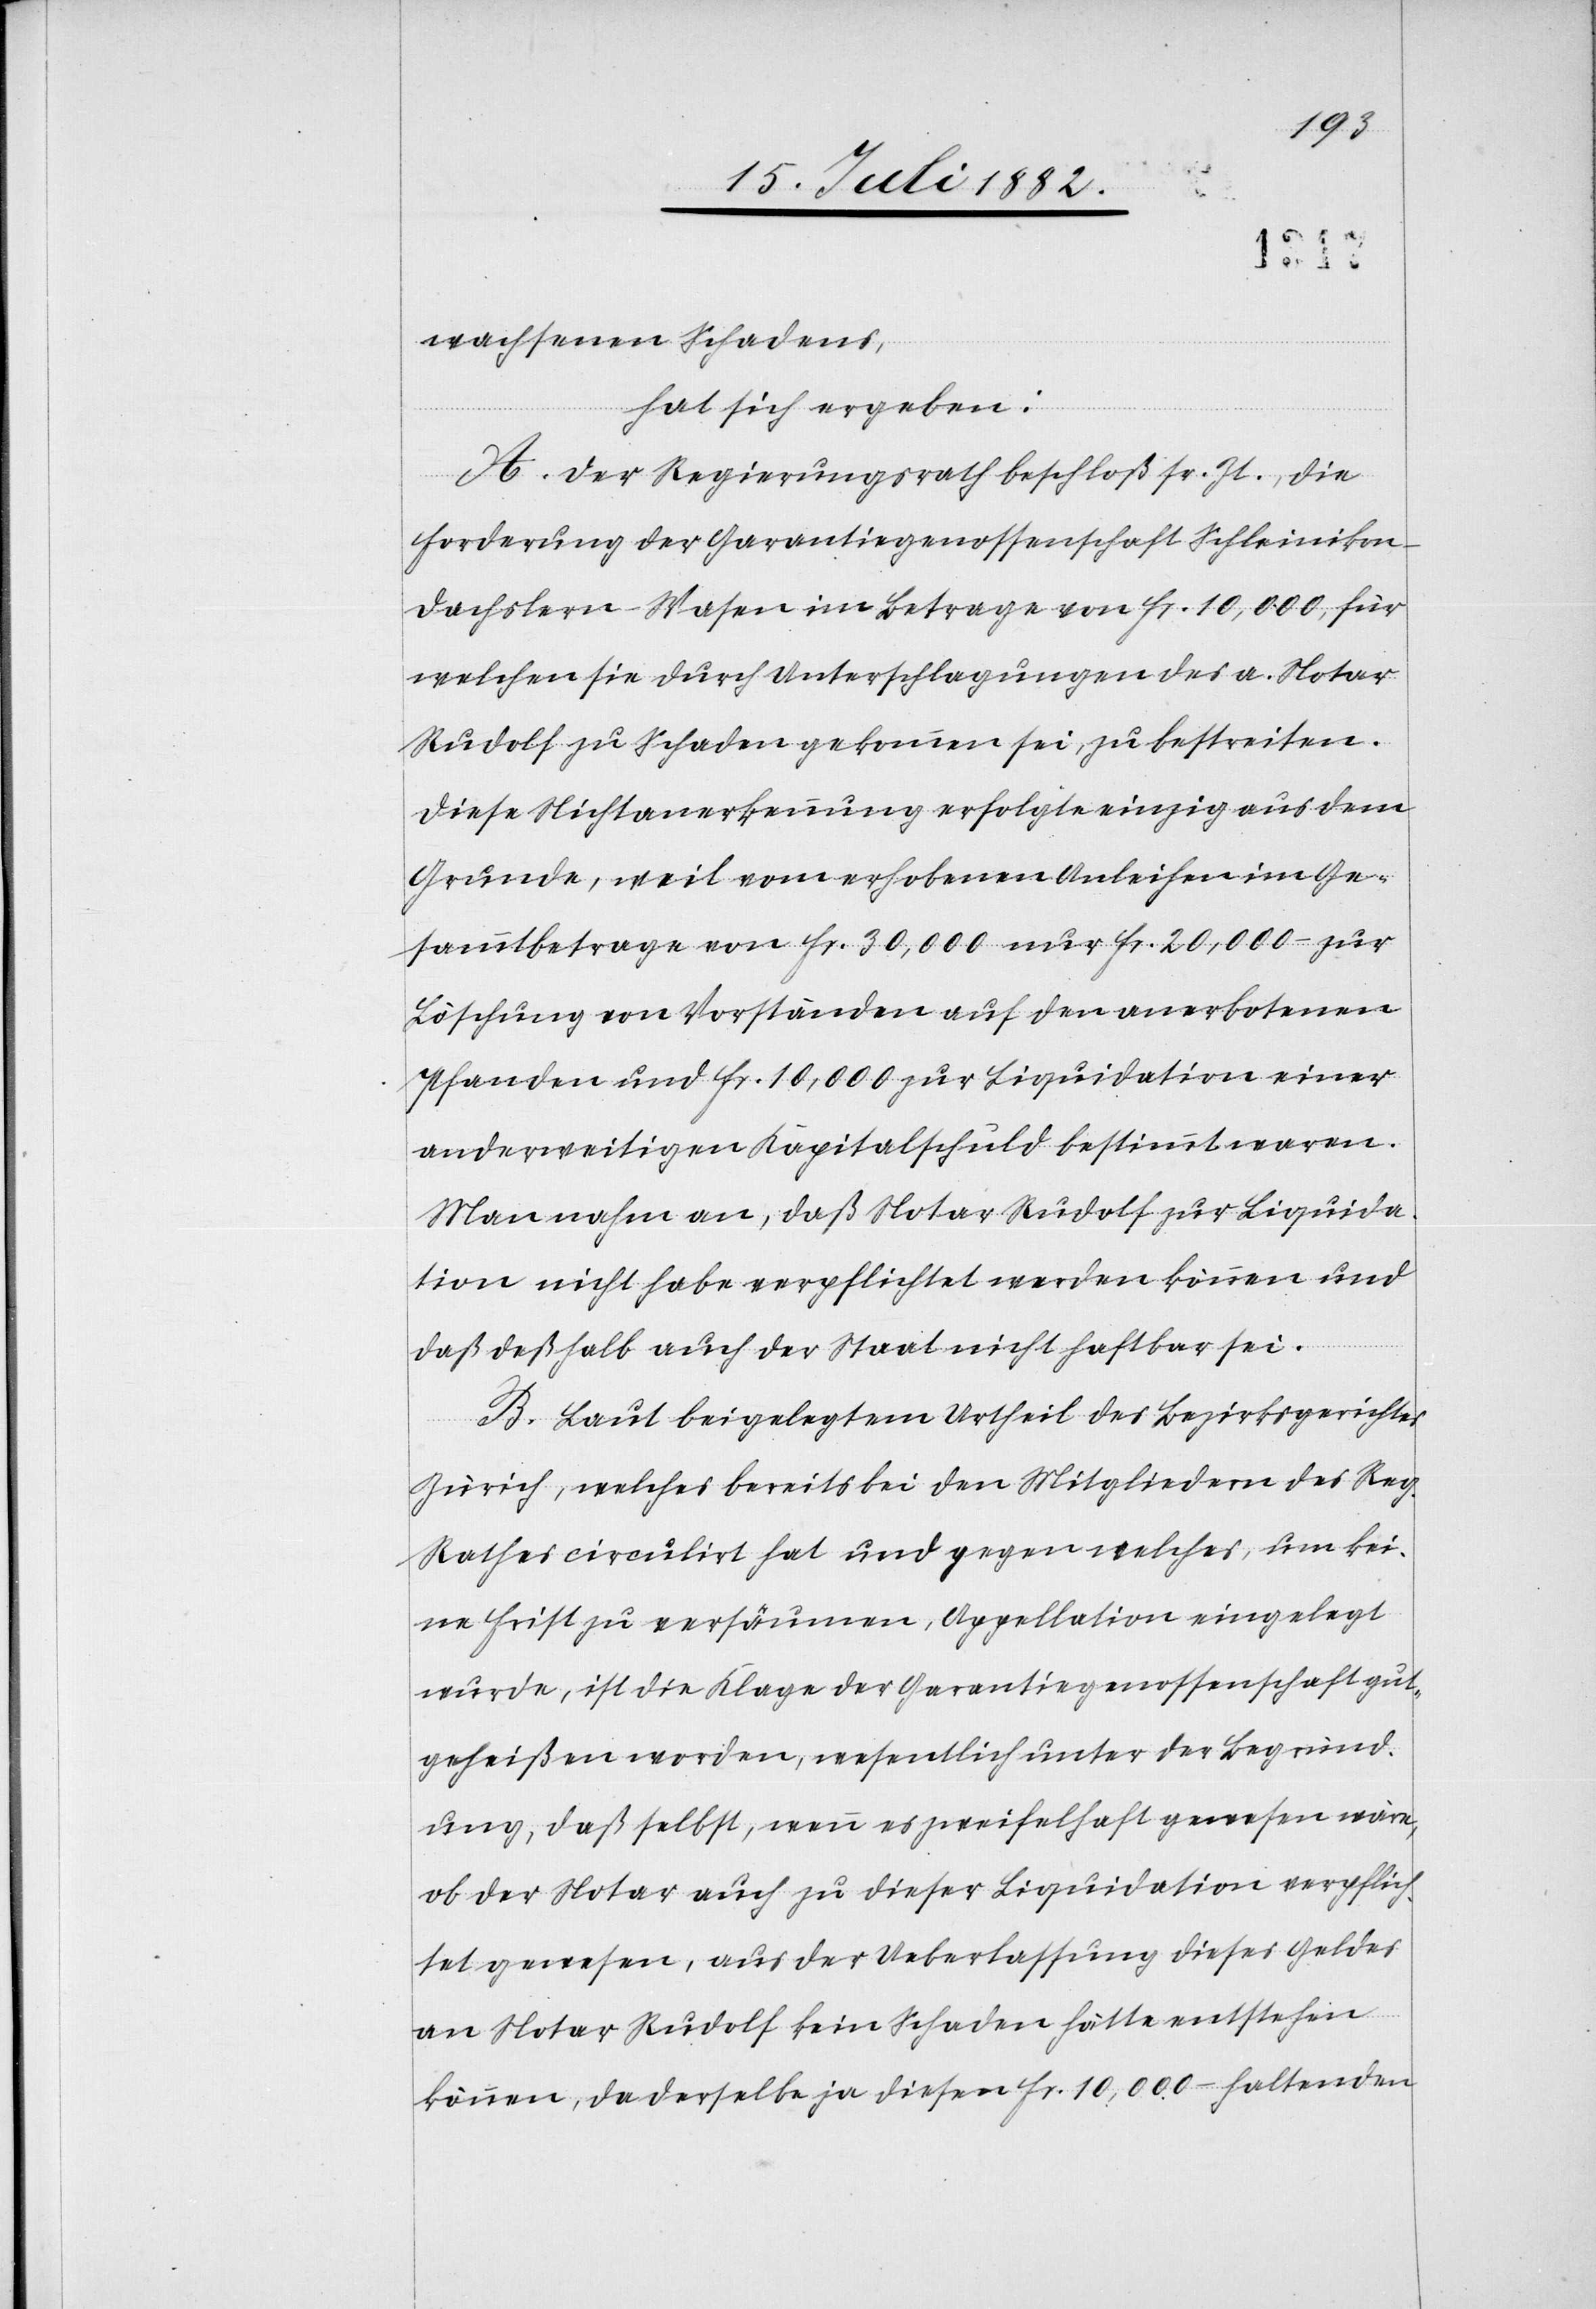
wachsenen Schadens,
hat sich ergeben:
A. Der Regierungsrath beschloß sr. Zt., die
Forderung der Garantiegenossenschaft Schleinikon-D¬
achslern-Wasen im Betrage von Fr. 10,000, für
welchen sie durch Unterschlagungen des a. Notar
Rudolf zu Schaden gekommen sei, zu bestreiten.
Diese Nichtanerkennung erfolgte einzig aus dem
Grunde, weil vom erhobenen Anleihen im Ge¬
sammtbetrage von Fr. 30,000 nur Fr. 20,000 – zur
Löschung von Vorständen auf den anerbotenen
Pfanden und Fr. 10,000 zur Liquidation einer
anderweitigen Kapitalschuld bestimmt waren.
Man nahm an, daß Notar Rudolf zur Liquida¬
tion nicht habe verpflichtet werden können und
daß deßhalb auch der Staat nicht haftbar sei.
B. Laut beigelegtem Urtheil des Bezirksgerichtes
Zürich, welches bereits bei den Mitgliedern des Reg.
Rathes circulirt hat und gegen welches, um kei¬
ne Frist zu versäumen, Appellation eingelegt
wurde, ist die Klage der Garantiegenossenschaft gut¬
geheißen worden, wesentlich unter der Begründ¬
ung, daß selbst, wenn es zweifelhaft gewesen wäre,
ob der Notar auch zu dieser Liquidation verpflich¬
tet gewesen, aus der Ueberlassung dieses Geldes
an Notar Rudolf kein Schaden hätte entstehen
können, da derselbe ja diesen Fr. 10,000– haltenden